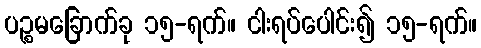
ပဉ္စမခြောက်ခု ၁၅-ရက်။ ငါးရပ်ပေါင်း၍ ၁၅-ရက်။